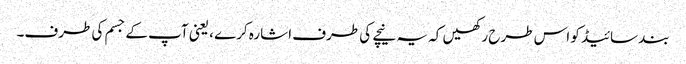
بند سائیڈ کو اس طرح رکھیں کہ یہ نیچے کی طرف اشارہ کرے ، یعنی آپ کے جسم کی طرف۔